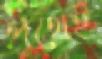
পথেই